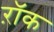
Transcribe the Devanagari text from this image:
ऱॉक